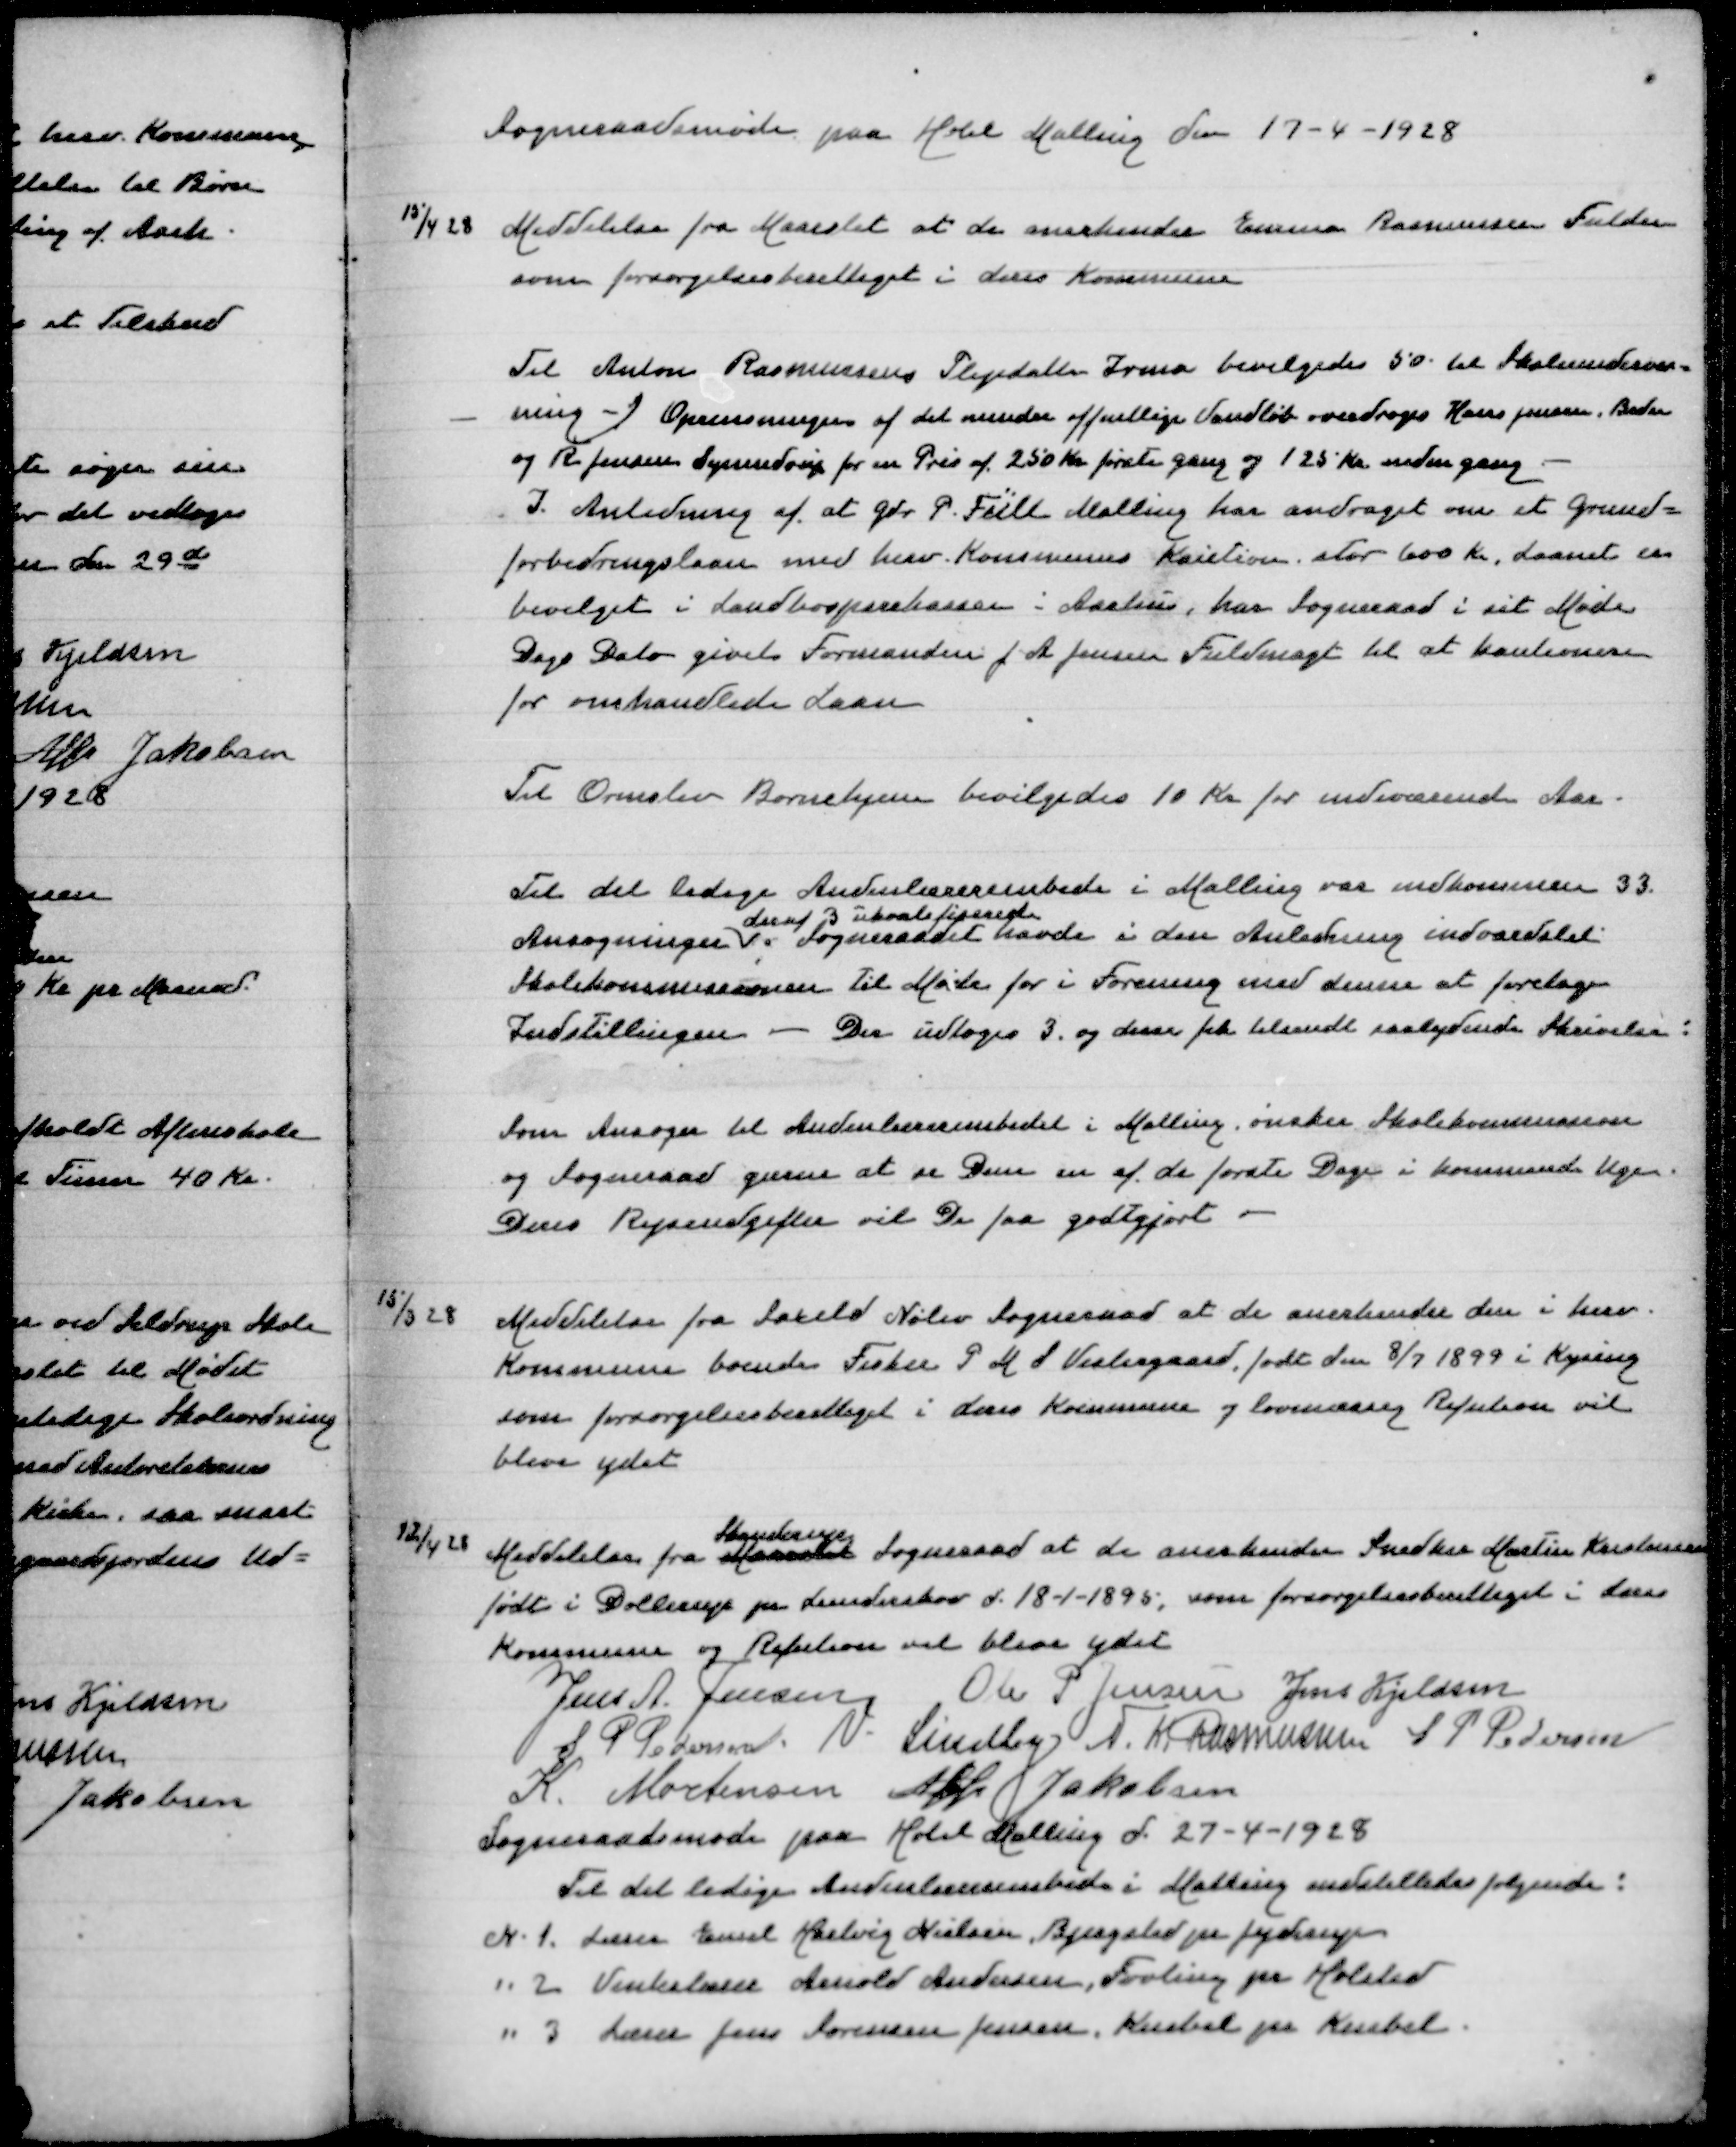
Transskription:
Sogneraadsmøde paa Hotel Malling den 17-4-1928

15/4 28 Meddelelse fra Maarslet at de anerkender Emma Rasmusen Fulden
som forsørgelsesberettiget i deres Kommune

Til Anton Rasmussens Plejedatter Irma bevilgedes 50 Kr til Skoleundervis=
ning - Oprensningen af det mindre offentlige Vandløb overdroges Hans Jensen, Beder
og R Jensen Synnedrup for en Pris af 250 Kr første gang og 125 Kr anden gang
I Anledning af at Gdr P Fiill Malling har andraget om et Grund=
forbedringslaan med herv Kommunes Kaution stor 600 Kr, Laanet er
bevilget i Landbosparekassen i Aarhus, har Sogneraad i sit Møde
Dags Dato givet Formanden J A Jensen Fuldmagt til at kautionere
for omhandlede Laan

Til Ormslev Børnehjem bevilgedes 10 Kr for indeværende Aar

Til det ledige Andenlærerembede i Malling var indkommen 33
deraf 3 ukvalificerede
Ansøgninger. Sogneraadet havde i den Anledning indvarslet
Skolekommissionen til Møde for i Forening med denne at foretage
Indstillingen - Der udtohges 3 og disse fik tilsendt saalydende Skrivelse:

Som Ansøger til Andenlærerembedet i Malling ønsker Skolekommissionen
og Sogneraad gerne at se Dem en af de første Dage i kommende Uge
Deres Rejseudgifter vil De faa godtgjort

15/3 28 Meddelelse fra Saxild Nølev Sogneraad at de anerkender den i herv
Kommune boende Fisker P M S Vestergaard, født den 8/7 1899 i Kysing
som forsørgelsesberettiget i deres Kommune og lovmæssig Refusion vil
blive ydet

Skanderup
12/4 28 Meddelelse fra Maarslet Sogneraad at de anerkender Snedker Martin Kristensen
født i Dollerup paa Lunderskov d 18-1-1895, som forsørgelsesberettiget i deres
Kommune og Refusion vil blive ydet
Jens A Jensen
Ole P Jensen
Jens Kjeldsen
S P Pedersen
V Lindby
N K Rasmussen
S P Pedersen
K Mortensen
Alfr Jakobsen
Sogneraadsmøde paa Hotel Malling d 27-4-1928
Til det ledige Andenlærerembede i Malling indstilledes følgende:
N 1 Lærer Ernst Hartvig Nielsen, Bjergsted pr Jyderup
" 2 Vinterlærer Arnold Andersen, Fovling pr Holsted
" 3 Lærer Jens Sørensen Jensen, Knebel pr Knebel